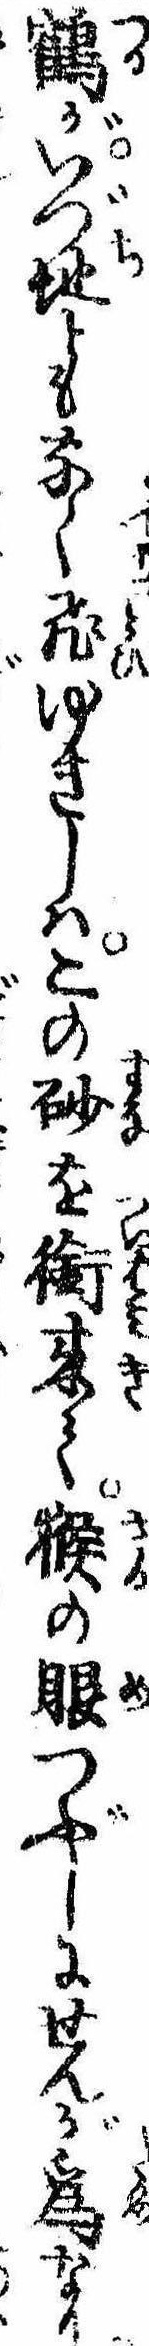
鶴がいづ地ともなく飛ゆきしはこの砂を銜来て猴の眼つぶしにせんが為なり